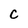
Character: c